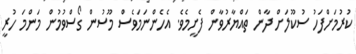
ކުރުމަށްފަހު ސުކޫލަށް ދާން ތައްޔާރުވާން ފެށީމެވެ. އެހެންނަމަވެސް މޫސުން ގޯސްވުމުން މަންމަ ހުރީ